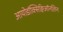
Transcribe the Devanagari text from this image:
आयोडॉक्सिक्विऑनलिन